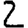
Digit: 2